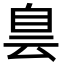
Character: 𦤆